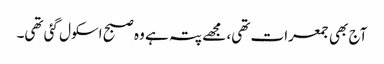
آج بھی جمعرات تھی، مجھے پتہ ہے وہ صبح اسکول گئی تھی۔